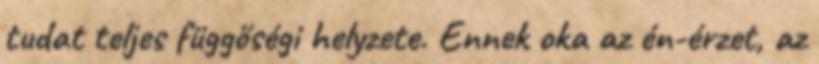
tudat teljes függőségi helyzete. Ennek oka az én-érzet, az